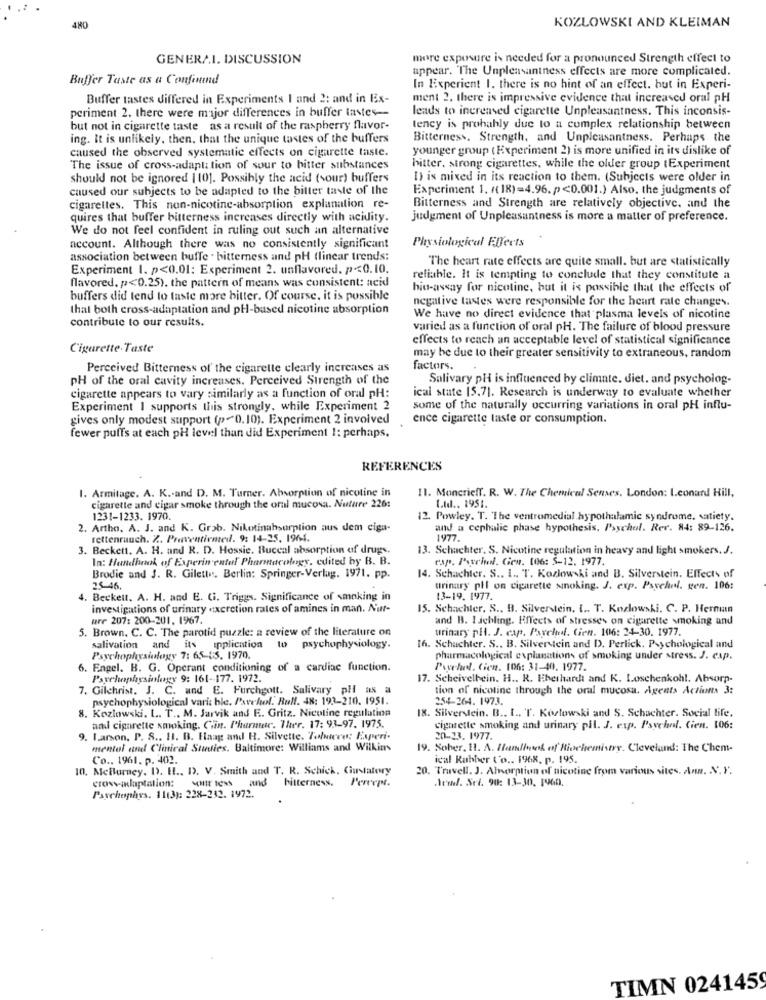
KOZLOWSKI AND KLEIMAN
GENERA.I. DISCUSSION
more exposure is needed for a pronounced Strength effect to
appear. The Unpleasantness effects are more complicated.
Buffer Taste as a Confonund
In Experient 1. there is no hint of an effect. but in Experi-
Buffer tastes differed in Experiments 1 and 2: and in Ex-
ment 2. there is impressive evidence that increased oral pH
leads to increased cigarette Unpleasantness. This inconsis-
periment 2. there were major differences in buffer laste-
but not in cigarette taste as a result of the raspberry flavor-
tency is probably due to a complex relationship between
ing. It is unlikely, then, that the unique tastes of the buffers
Bitterness. Strength, and Unpleasantness. Perhaps the
caused the observed systematic effects on cigarette taste.
younger group ( Experiment 2) is more unified in its dislike of
The issue of cross-adaptation of sour to bitter substances
hitter, strong cigarettes, while the older group (Experiment
should not be ignored |10]. Possibly the acid (sour) buffers
I) is mixed in its reaction to them. (Subjects were older in
caused our subjects to be adapted to the bitter taste of the
Experiment 1. ((18)=4.96. p<0.001.) Also, the judgments of
cigarettes. This non-nicotine-absorption explanation re-
Bitterness and Strength are relatively objective. and the
quires that buffer bitterness increases directly with acidity.
judgment of Unpleasantness is more a matter of preference.
We do not feel confident in ruling out such an alternative
account. Although there was no consistently significant
Physiological Ffects
association between buffe . bitterness and pH (linear trends:
The heart rate effects are quite small. but are statistically
Experiment I. p<0.01: Experiment 2. unflavored. p<0.10.
flavored. p<0.25). the pattern of means was consistent: acid
reliable. It is tempting to conclude that they constitute a
hin-assay for nicotine, but it is possible that the effects of
buffers did tend to taste more bitter. Of course, it is possible
negative tastes were responsible for the heart rate changes.
that both cross-adaptation and pH-based nicotine absorption
contribute to our results.
We have no direct evidence that plasma levels of nicotine
varied as a function of oral pH. The failure of blood pressure
effects to reach an acceptable level of statistical significance
Cigarette- Taste
may be due to their greater sensitivity to extraneous, random
Perceived Bitterness of the cigarette clearly increases as
factors.
pH of the oral cavity increases. Perceived Strength of the
Salivary pH is influenced by climate. diet. and psycholog-
cigarette appears to vary similarly as a function of oral pH:
ical state 15.71. Research is underway to evaluate whether
Experiment I supports this strongly, while Experiment 2
some of the naturally occurring variations in oral pH influ-
gives only modest support (p=0.10). Experiment 2 involved
ence cigarette taste or consumption.
fewer puffs at each pH level than did Experiment 1: perhaps,
REFERENCES
1. Armitage. A. K .- and D. M. Turner. Absorption of nicotine in
11. Moncrieff. R. W. The Chemical Senses, London: Leonard Hill,
cigarette and cigar smoke through the oral mucosa. Nuture 226:
Ltd ., 1951.
1231-1233. 1970.
12. Powley. T. The ventromedial hypothalamic syndrome, satiety.
2. Artho, A. J. and K. Grob. Nikotinabsorption aus dem ciga-
and a cephalic phase hypothesis. Psychol. Rer. 84: 89-126.
rettenrauch. Z. Preventionted. 9: 14-25. 1964.
1977.
3. Beckett. A. H. and R. D. Hossie. Buccal absorption of drugs.
13. Schachter. S. Nicotine regulation in heavy and light smokers. J.
In: Handhnok of Experimental Pharmacology, edited by B. B.
cap. Puschel. Gen. 106: 5-12. 1977.
Brodie and J. R. Gilette. Berlin: Springer-Verlag. 1971. pp.
14. Schachter. S .. I ., T. Kozlowski and B. Silverstein. Effects of
25-46.
urinary pll on cigarette smoking. J. exp. Psychel. gen. 106:
4. Beckett. A. H. and E. Ci. Triggs. Significance of smoking in
13-19.1977.
investigations of urinary excretion rates of amines in man. Nat-
15. Schachter, S .. B. Silverstein. I .. T. Kozlowski. C. P. Hernan
ure 207: 200-201. 1967.
and B. 1jchling. Effects of stresses on cigarette smoking and
5. Brown. C. C. The parotid puzzle: a review of the literature on
urinary phl. J. cap. Paychel. Cien. 106: 24-30. 1977.
salivation and
it's application to psychophysiology.
16. Schachter. S .. B. Silverstein and D. Perlick. Psychological and
Psychophysiology 7: 65-15. 1970.
pharmacological explanations of smoking under stress. J. cap.
6. Engel. B. G. Operant conditioning of a cardiac function.
Puschel. Cien. 106: 31-40. 1977.
Psychophysifogy 9: 161-177. 1972.
17. Scheivelhein. H .. R. Eberhardt and K. Loschenkohl. Absorp-
7. Gilchrist. J. C. and E. Furchgott. Salivary pH as a
tion of nicotine through the oral mucosa. Agents Actions 3:
psychophysiological vari: ble. Pavehol. Bull. 48: 193-210. 1951.
254-264. 1973.
8. Kozlowski. L. T ., M. Jarvik and E. Gritz. Nicotine regulation
18. Silverstein. B .. I. T. Kozlowski and S. Schachter. Social life.
and cigarette smoking. Cin. Pharmac. Ther. 17: 93-97. 1975.
cigarette smoking and urinary pil. J. exp. Psychol. Cien. 106:
9. Larson. P. S ., H. B. Haag and H. Silvette. Tabacco: Experi-
20-23.1977.
mental and Clinical Studies, Baltimore: Williams and Wilkins
19. Sober, 11. A. Handbook of Riochemistry. Cleveland: The Chem-
Co .. 1961. p. 402.
ical Rubber to .. 1968. p. 195.
10. MeBurney. D. H ., D). V. Smith and T. R. Schick, Giustatory
20. Travell. J. Absorption of nicotine from various sites. Ann. N. Y.
bitterness. P'ereept.
Aend. Sel. 90: 13-30, 1960.
cross-adaptation: voir less und
Parchephys. 11(3): 228-212. 1972.
TIMN 0241459